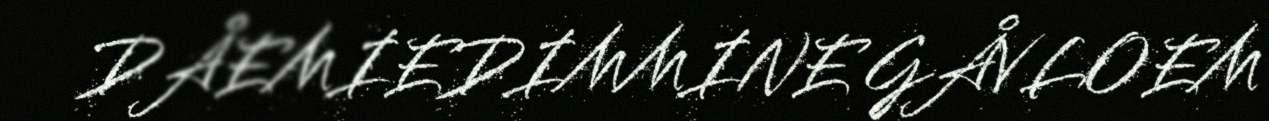
DÅEMIEDIMMINE GÅVLOEM